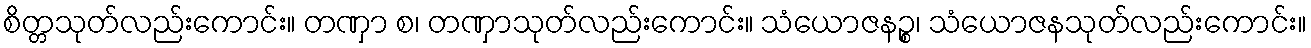
စိတ္တသုတ်လည်းကောင်း။ တဏှာ စ၊ တဏှာသုတ်လည်းကောင်း။ သံယောဇနဉ္စ၊ သံယောဇနသုတ်လည်းကောင်း။